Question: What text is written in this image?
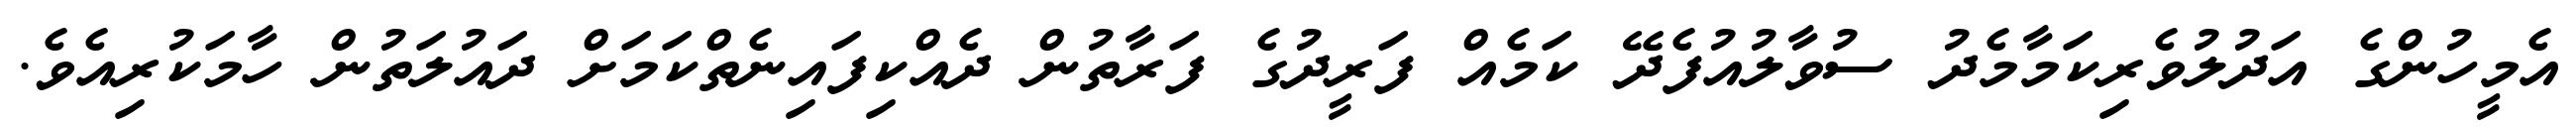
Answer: އެމީހުންގެ އަދުލުވެރިކަމާމެދު ސުވާލުއުފެދޭ ކަމެއް ފަރީދުގެ ފަރާތުން ދެއްކިފައިނެތްކަމަށް ދައުލަތުން ހާމަކުރިއެވެ.